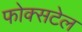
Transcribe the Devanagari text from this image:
फोक्सटेल